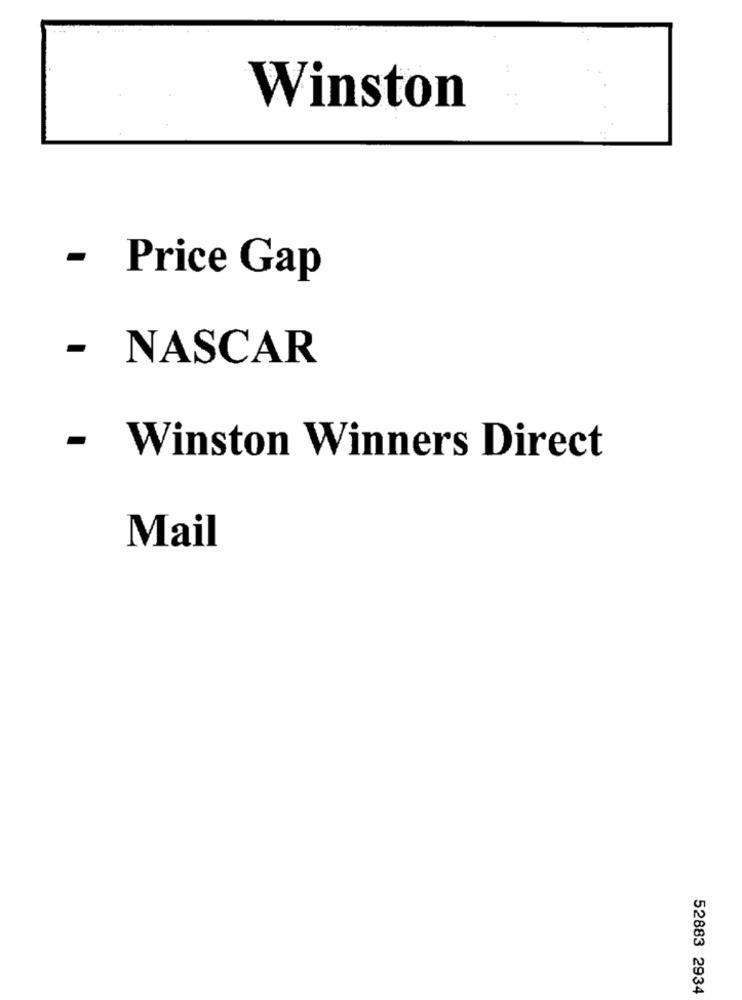
Winston
- Price Gap
- NASCAR
- Winston Winners Direct
Mail
52883 2934